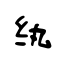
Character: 纨